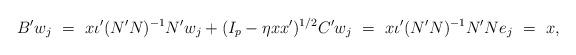
LaTeX: \begin{align*}B'w_j \,\,=\,\, x\iota'(N'N)^{-1}N'w_j + (I_p- \eta xx')^{1/2}C'w_j \,\,=\,\,x\iota'(N'N)^{-1}N'Ne_j \,\,= \,\,x,\end{align*}